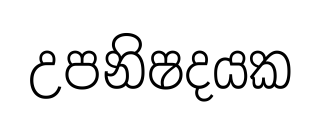
උපනිෂදයක